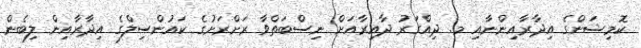
ކޮމިޝަންގެ އިދާރާއިންނާއި މ. ދިއްގަރު ދާއިރާއަށް ނިސްބަތްވާ ރަށްރަށުގެ ކައުންސިލްގެ އިދާރާއިން ލިބެން